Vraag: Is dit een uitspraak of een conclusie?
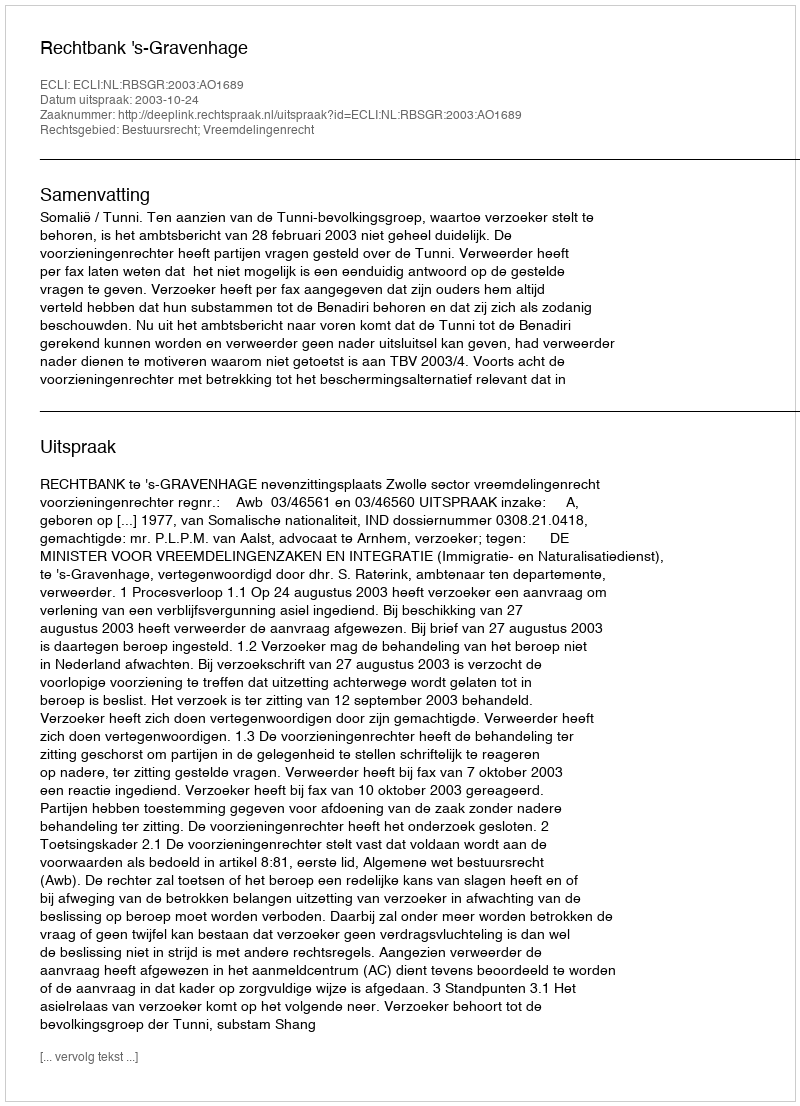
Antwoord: Uitspraak